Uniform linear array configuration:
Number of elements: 16
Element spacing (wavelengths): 0.5
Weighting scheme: exponential
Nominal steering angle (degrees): -30
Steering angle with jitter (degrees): -28.821
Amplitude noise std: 0.05
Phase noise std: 0.05

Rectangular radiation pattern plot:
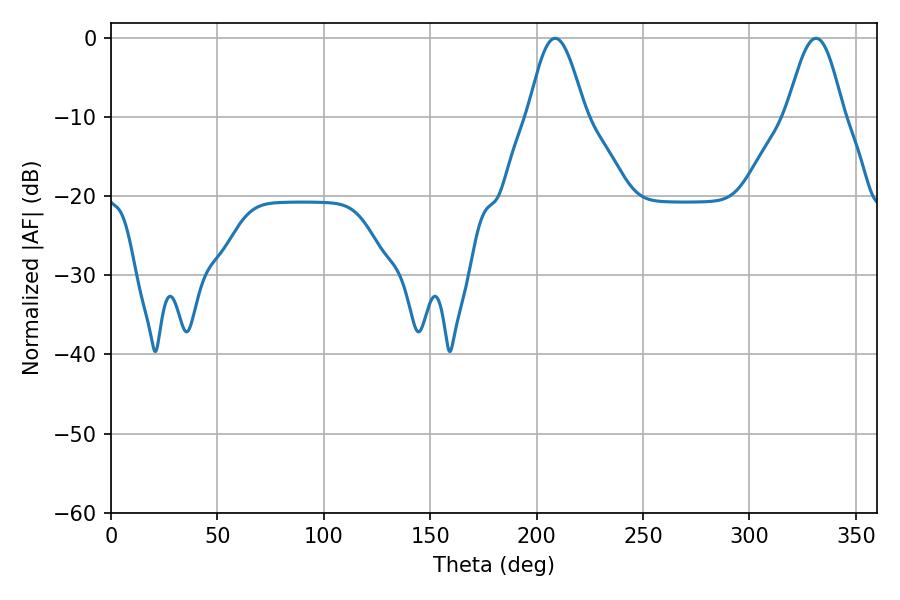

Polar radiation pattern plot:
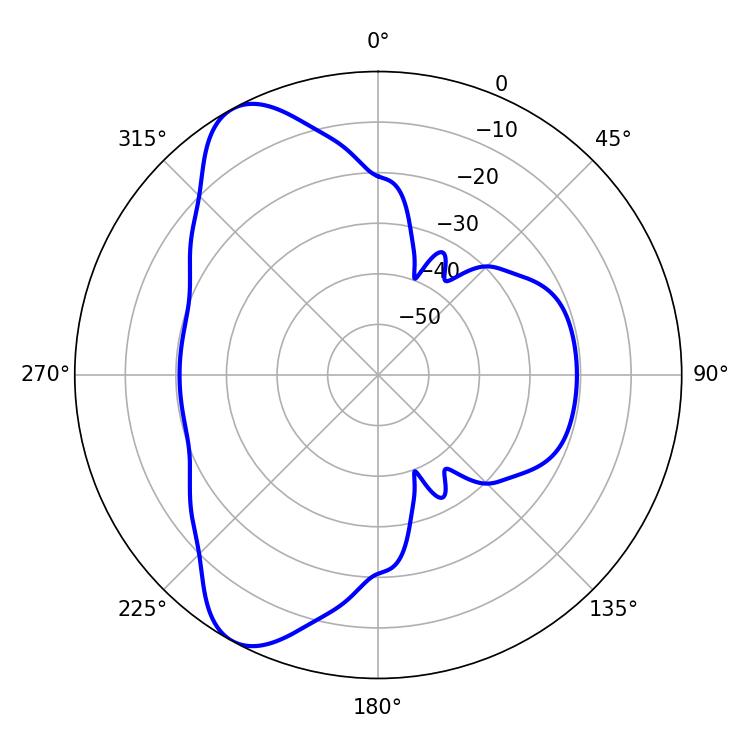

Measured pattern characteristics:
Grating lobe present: FALSE
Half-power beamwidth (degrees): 14.22
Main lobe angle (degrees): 208.62